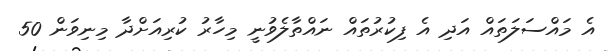
އެ މައްސަލަތައް އަދި އެ ފިކުރުތައް ނައްތާލެވުނީ މިހާރު ކުރިއަށްދާ މިނިވަން 50